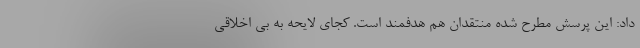
داد: این پرسش مطرح شده منتقدان هم هدفمند است. کجای لایحه به بی اخلاقی